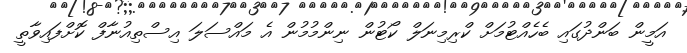
އަމީން ބަންދުގައި ބެހެއްޓުމަށް ކްރިމިނަލް ކޯޓުން ނިންމުމުން އެ މައްސަލަ އިސްތިއުނާފް ކޮށްފައިވާތީ